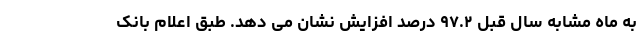
به ماه مشابه سال قبل ۹۷.۲ درصد افزایش نشان می دهد. طبق اعلام بانک